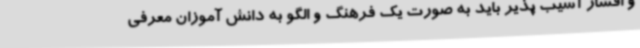
و اقشار آسیب پذیر باید به صورت یک فرهنگ و الگو به دانش آموزان معرفی